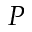
P